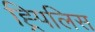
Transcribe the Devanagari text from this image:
ह्र्पिलिस